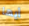
أيها